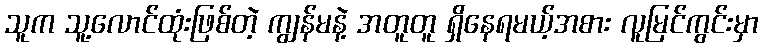
သူက သူ့လောင်ထုံးဖြစ်တဲ့ ကျွန်မနဲ့ အတူတူ ရှိနေရမယ့်အစား လူမြင်ကွင်းမှာ